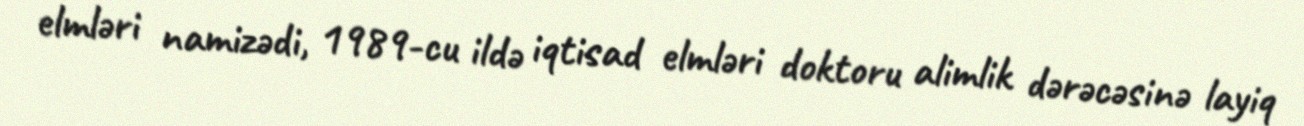
elmləri namizədi, 1989-cu ildə iqtisad elmləri doktoru alimlik dərəcəsinə layiq